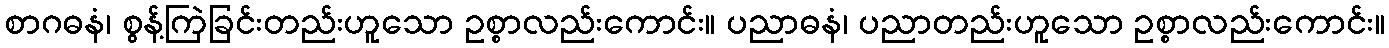
စာဂဓနံ၊ စွန့်ကြဲခြင်းတည်းဟူသော ဥစ္စာလည်းကောင်း။ ပညာဓနံ၊ ပညာတည်းဟူသော ဥစ္စာလည်းကောင်း။